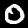
Label: 0